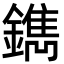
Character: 鐫